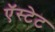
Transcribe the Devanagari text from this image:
ऍस्टेट